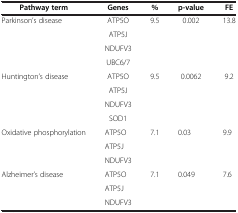
<table><thead><tr><td><b>Pathway term</b></td><td><b> Genes</b></td><td><b> %</b></td><td><b>p-value</b></td><td><b> FE</b></td></tr></thead><tbody><tr><td>Parkinson’s disease</td><td> ATP5O</td><td> 9.5</td><td> 0.002</td><td>13.8</td></tr><tr><td>[EMPTY_CELL]</td><td> ATP5J</td><td>[EMPTY_CELL]</td><td>[EMPTY_CELL]</td><td>[EMPTY_CELL]</td></tr><tr><td>[EMPTY_CELL]</td><td>NDUFV3</td><td>[EMPTY_CELL]</td><td>[EMPTY_CELL]</td><td>[EMPTY_CELL]</td></tr><tr><td>[EMPTY_CELL]</td><td> UBC6/7</td><td>[EMPTY_CELL]</td><td>[EMPTY_CELL]</td><td>[EMPTY_CELL]</td></tr><tr><td>Huntington’s disease</td><td> ATP5O</td><td> 9.5</td><td> 0.0062</td><td>9.2</td></tr><tr><td>[EMPTY_CELL]</td><td> ATP5J</td><td>[EMPTY_CELL]</td><td>[EMPTY_CELL]</td><td>[EMPTY_CELL]</td></tr><tr><td>[EMPTY_CELL]</td><td>NDUFV3</td><td>[EMPTY_CELL]</td><td>[EMPTY_CELL]</td><td>[EMPTY_CELL]</td></tr><tr><td>[EMPTY_CELL]</td><td> SOD1</td><td>[EMPTY_CELL]</td><td>[EMPTY_CELL]</td><td>[EMPTY_CELL]</td></tr><tr><td>Oxidative phosphorylation</td><td>ATP5O</td><td>7.1</td><td>0.03</td><td>9.9</td></tr><tr><td>[EMPTY_CELL]</td><td>ATP5J</td><td>[EMPTY_CELL]</td><td>[EMPTY_CELL]</td><td>[EMPTY_CELL]</td></tr><tr><td>[EMPTY_CELL]</td><td>NDUFV3</td><td>[EMPTY_CELL]</td><td>[EMPTY_CELL]</td><td>[EMPTY_CELL]</td></tr><tr><td>Alzheimer’s disease</td><td>ATP5O</td><td>7.1</td><td>0.049</td><td>7.6</td></tr><tr><td>[EMPTY_CELL]</td><td>ATP5J</td><td>[EMPTY_CELL]</td><td>[EMPTY_CELL]</td><td>[EMPTY_CELL]</td></tr><tr><td>[EMPTY_CELL]</td><td>NDUFV3</td><td>[EMPTY_CELL]</td><td>[EMPTY_CELL]</td><td>[EMPTY_CELL]</td></tr></tbody></table>